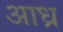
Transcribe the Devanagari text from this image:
आध्रं